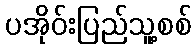
ပအိုဝ်းပြည်သူ့စစ်